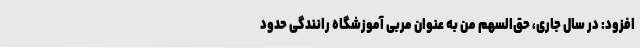
افزود: در سال جاری، حق‌السهم من به عنوان مربی آموزشگاه رانندگی حدود